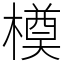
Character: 橂